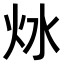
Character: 𤆩